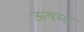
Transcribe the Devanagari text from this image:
ऊषमा